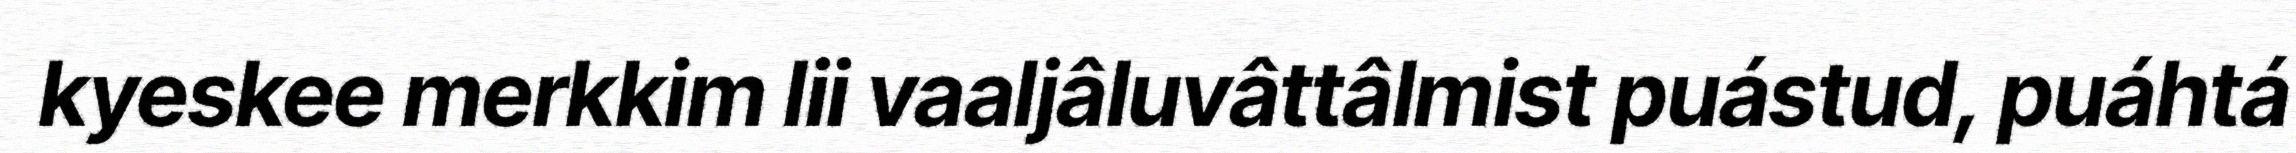
kyeskee merkkim lii vaaljâluvâttâlmist puástud, puáhtá